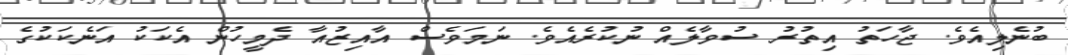
ބުނެލިއެވެ. ޖާހަތު އިތުރު ސުވާލެއް ނުކުރެއެވެ. ނަމަވެސް އާއިޒުއާ ދެމީހުން އެކަކު އަނެކަކުގެ